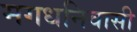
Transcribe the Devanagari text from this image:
मगधनिवासी